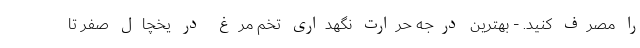
را مصرف کنید. - بهترین درجه حرارت نگهداری تخم مرغ در یخچال صفر تا